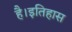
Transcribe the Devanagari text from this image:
है।इतिहास